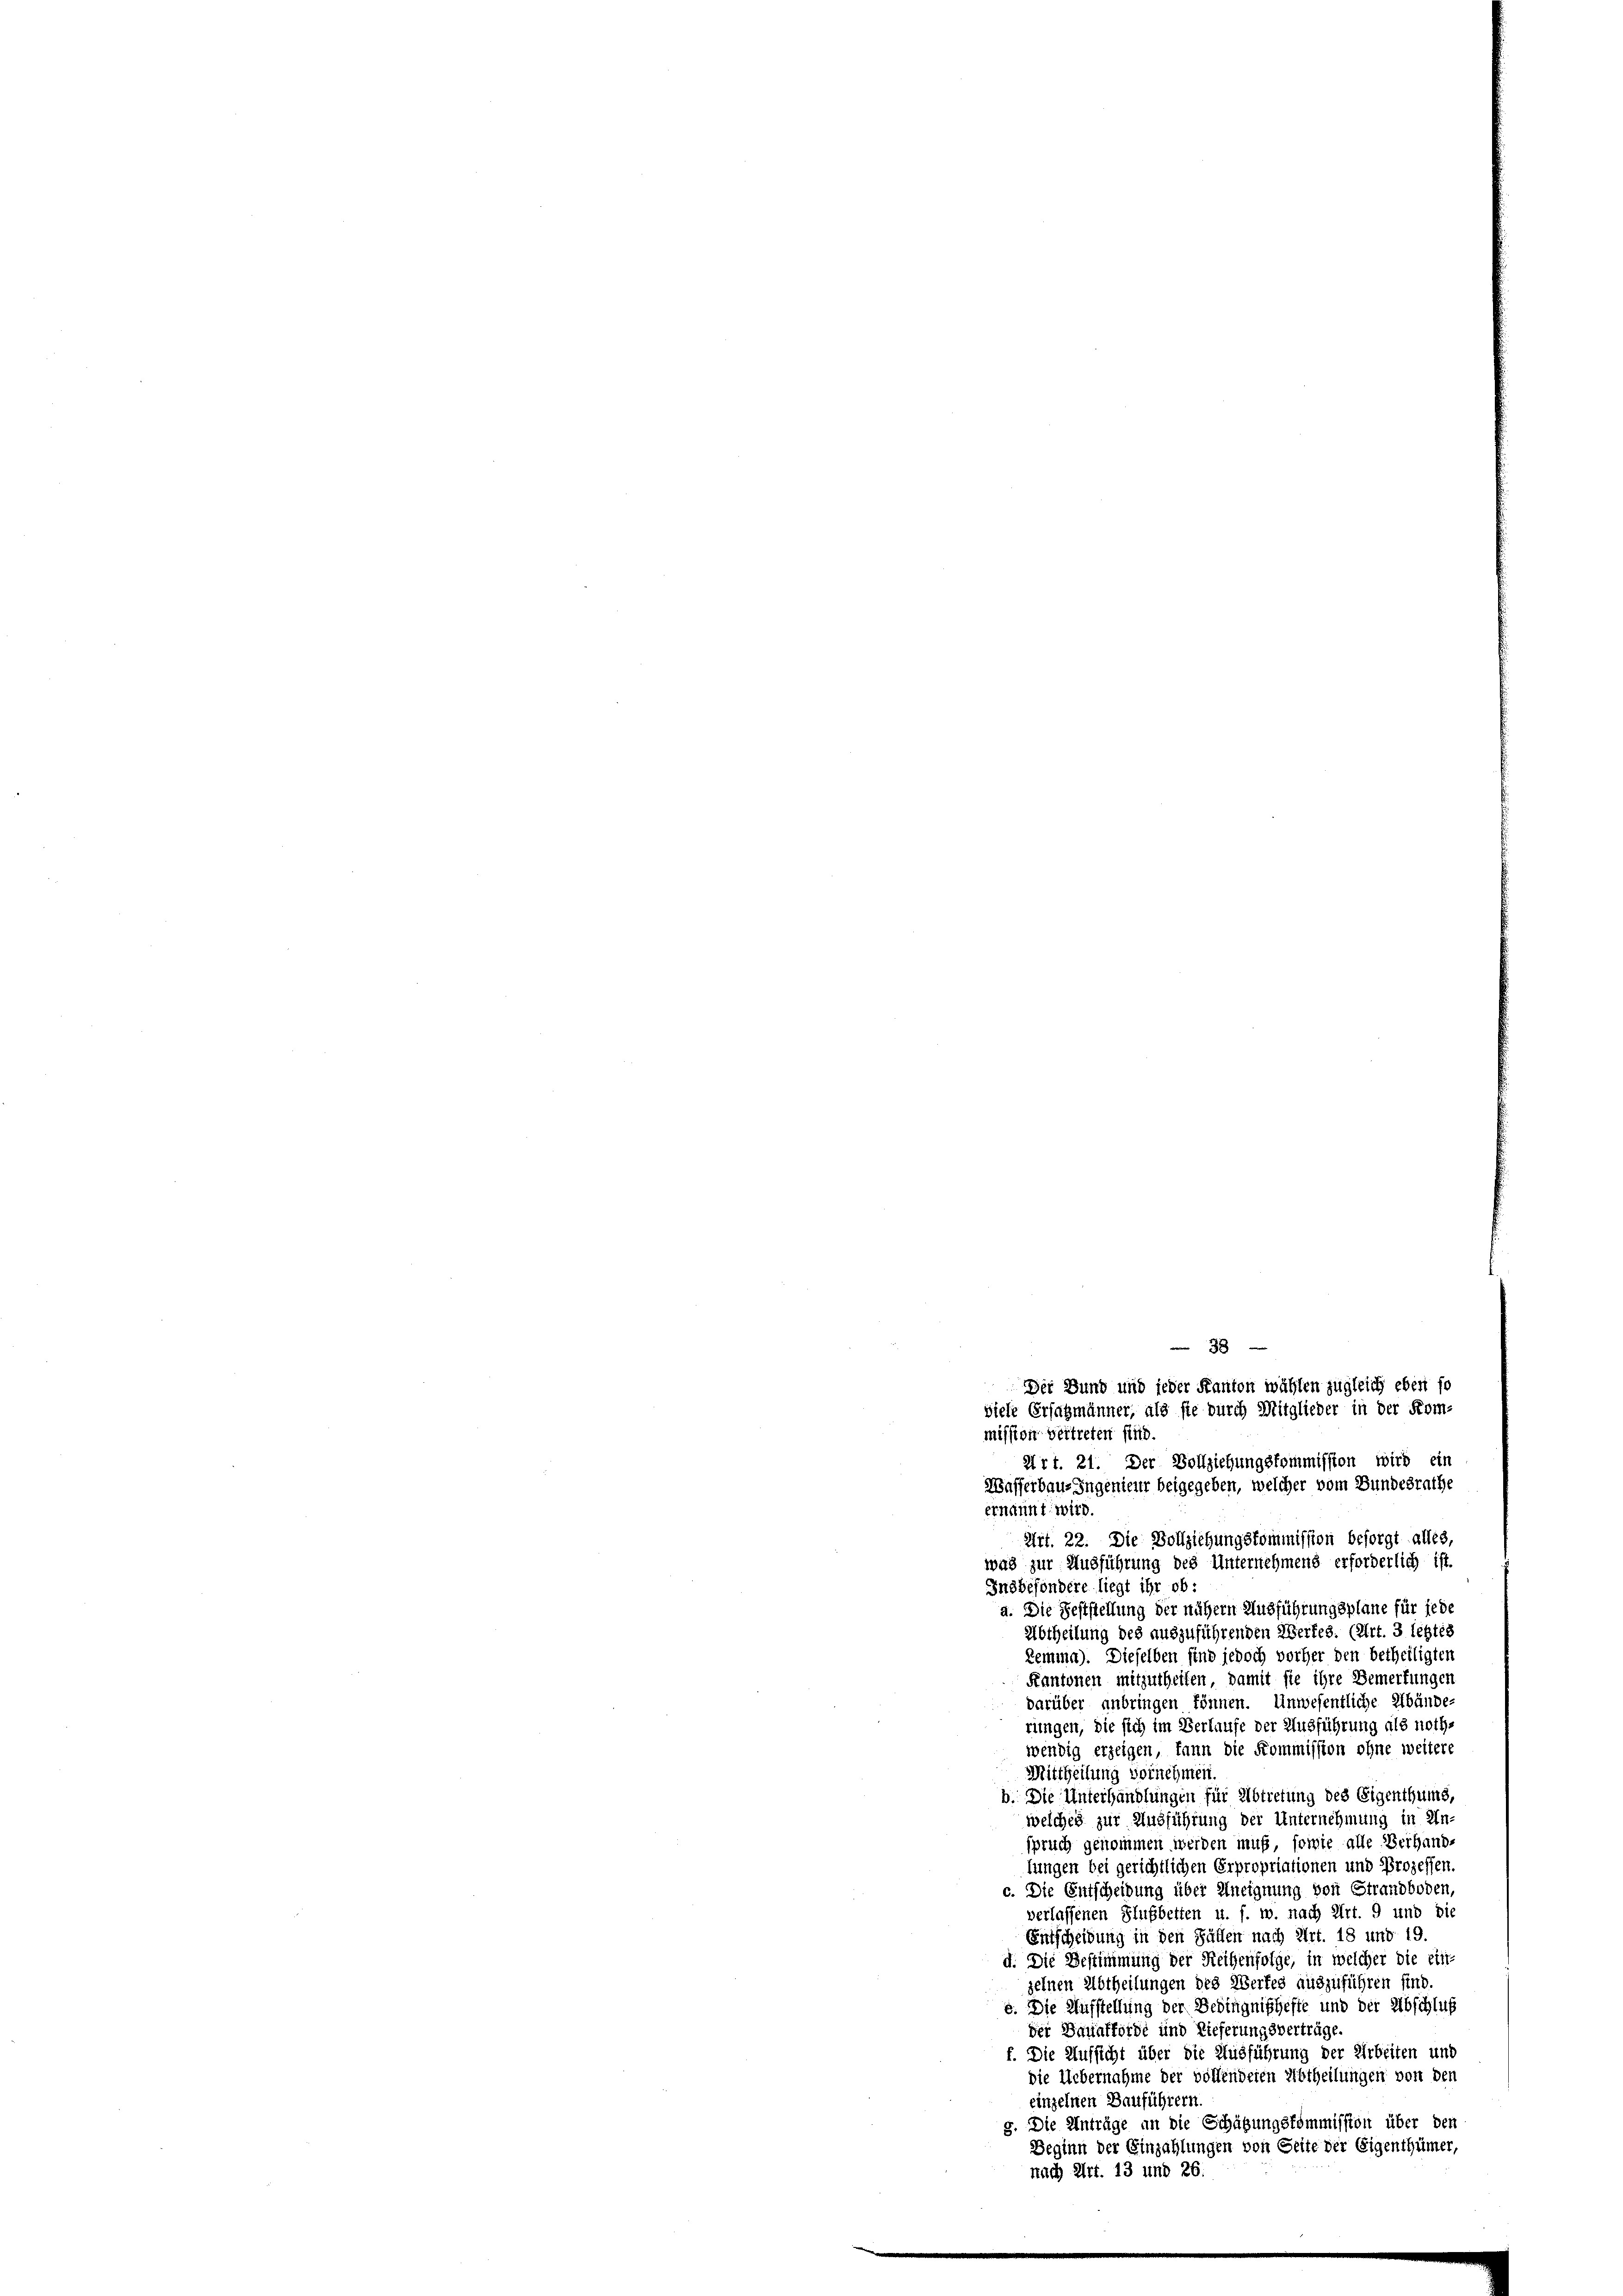
Der Bund und jeder Kanton wählen zugleich eben so
viele Erfahmänner, als sie durch Mitglieder in der Kom-
mission vertreten sind.
Art. 21. Der Vollziehungskommission wird ein
Wasserbaus Ingenieur beigegeben, welcher vom Bundesrathe
ernannt wird.

Art. 22. Die Vollziehungskommission besorgt alles,
was zur Ausführung des Unternehmend erforderlich ist.
Insbesondere liegt ihr ob:
a. Die Feststellung der nähern Ausführungsplane für jede
Abtheilung des auszuführenden Werfes. (Art. 3 legtes
Remma). Dieselben sind jedoch vorher den betheiligten
Kantonen mitzutheilen, damit sie ihre Bemerkungen
darüber anbringen können. Unwesentliche Abände-
rungen, die sich im Verlaufe der Ausführung als nothwendig erzeigen, kann die Kommission ohne weitere
Mittheilung vornehmen.
b. Die Unterhandlungen für Abtretung des Eigenthums,
welches zur Ausführung der Unternehmung in Un-
spruch genommen werden muß, sowie alle Verhande
lungen bei gerichtlichen Erpropriationen und Prozessen.
c. Die Entscheidung über Aneignung von Strandboden,
verlassenen Flußbetten u. s. w. nach Art. 9 und die
Entscheidung in den Fällen nach Art. 18 und 19.
d. Die Bestimmung der Reihenfolge, in welcher die ein-
zelnen Abtheilungen des Werkes auszuführen sind.
e. Die Aufstellung der Bedingnißheffe und der Abschluß
der Dauafförde und Lieferungsverträge.
f. Die Aufsicht über die Ausführung der Arbeiten und
die Uebernahme der vollenderen Abtheilungen von den
einzelnen Bauführern.
g. Die Anträge an die Schätzungskommission über den
Beginn der Einzahlungen von Seite der Eigenthümer,
nach Art. 13 und 26.